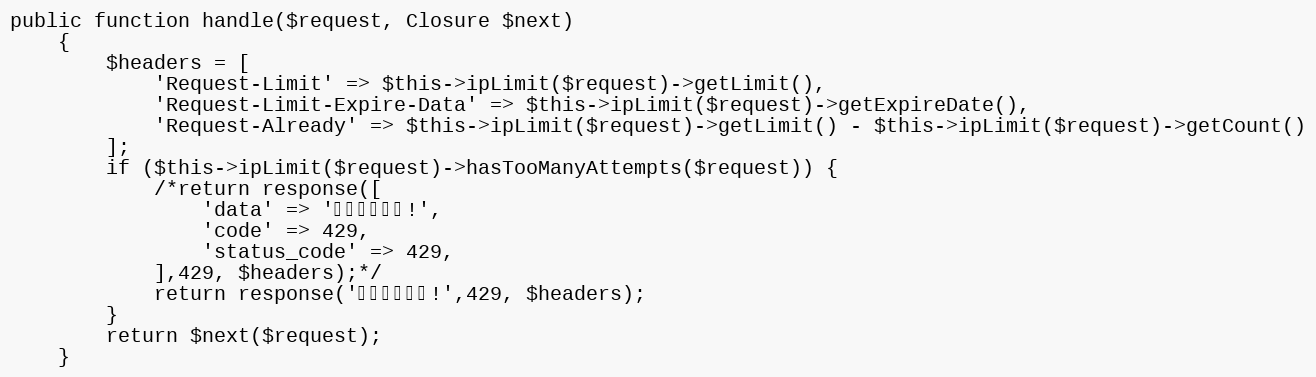
Language: PHP
public function handle($request, Closure $next)
    {
        $headers = [
            'Request-Limit' => $this->ipLimit($request)->getLimit(),
            'Request-Limit-Expire-Data' => $this->ipLimit($request)->getExpireDate(),
            'Request-Already' => $this->ipLimit($request)->getLimit() - $this->ipLimit($request)->getCount()
        ];
        if ($this->ipLimit($request)->hasTooManyAttempts($request)) {
            /*return response([
                'data' => '访问次数限制!',
                'code' => 429,
                'status_code' => 429,
            ],429, $headers);*/
			return response('访问次数限制!',429, $headers);
        }
        return $next($request);
    }